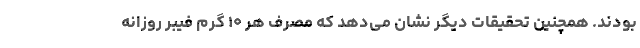
بودند. همچنین تحقیقات دیگر نشان می‌دهد که مصرف هر ۱۰ گرم فیبر روزانه